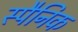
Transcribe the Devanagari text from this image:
स्पैनिक